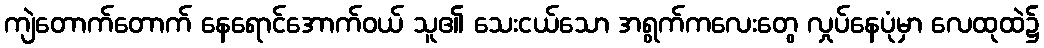
ကျဲတောက်တောက် နေရောင်အောက်ဝယ် သူ၏ သေးငယ်သော အရွက်ကလေးတွေ လှုပ်နေပုံမှာ လေထုထဲ၌